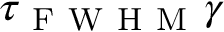
\tau _ { \mathrm { ~ F ~ W ~ H ~ M ~ } } \gamma